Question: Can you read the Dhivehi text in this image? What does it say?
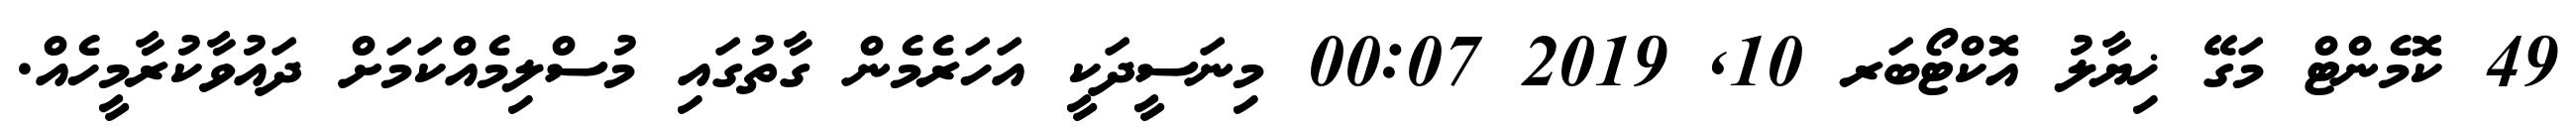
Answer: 49 ކޮމެންޓް މަގޭ ޚިޔާލު އޮކްޓޯބަރ 10, 2019 00:07 މިނަސީދަކީ އަހަރެމެން ގާތުގައި މުސްލިމެއްކަމަށް ދައުވާކުރާމީހެއް.